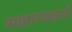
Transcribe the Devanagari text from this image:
साहाय्यकर्तं